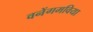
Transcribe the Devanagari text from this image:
वनेंगमविया